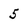
Character: 5